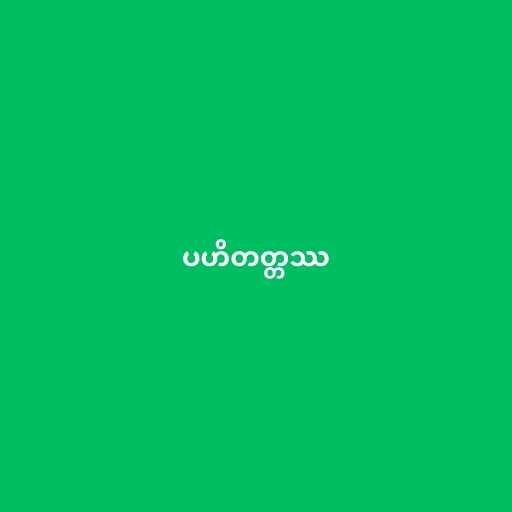
ပဟိတတ္တဿ